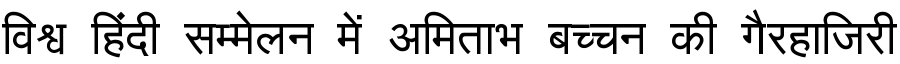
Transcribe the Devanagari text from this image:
विश्व हिंदी सम्मेलन में अमिताभ बच्चन की गैरहाजिरी